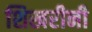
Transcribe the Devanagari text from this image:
शिखरीनी